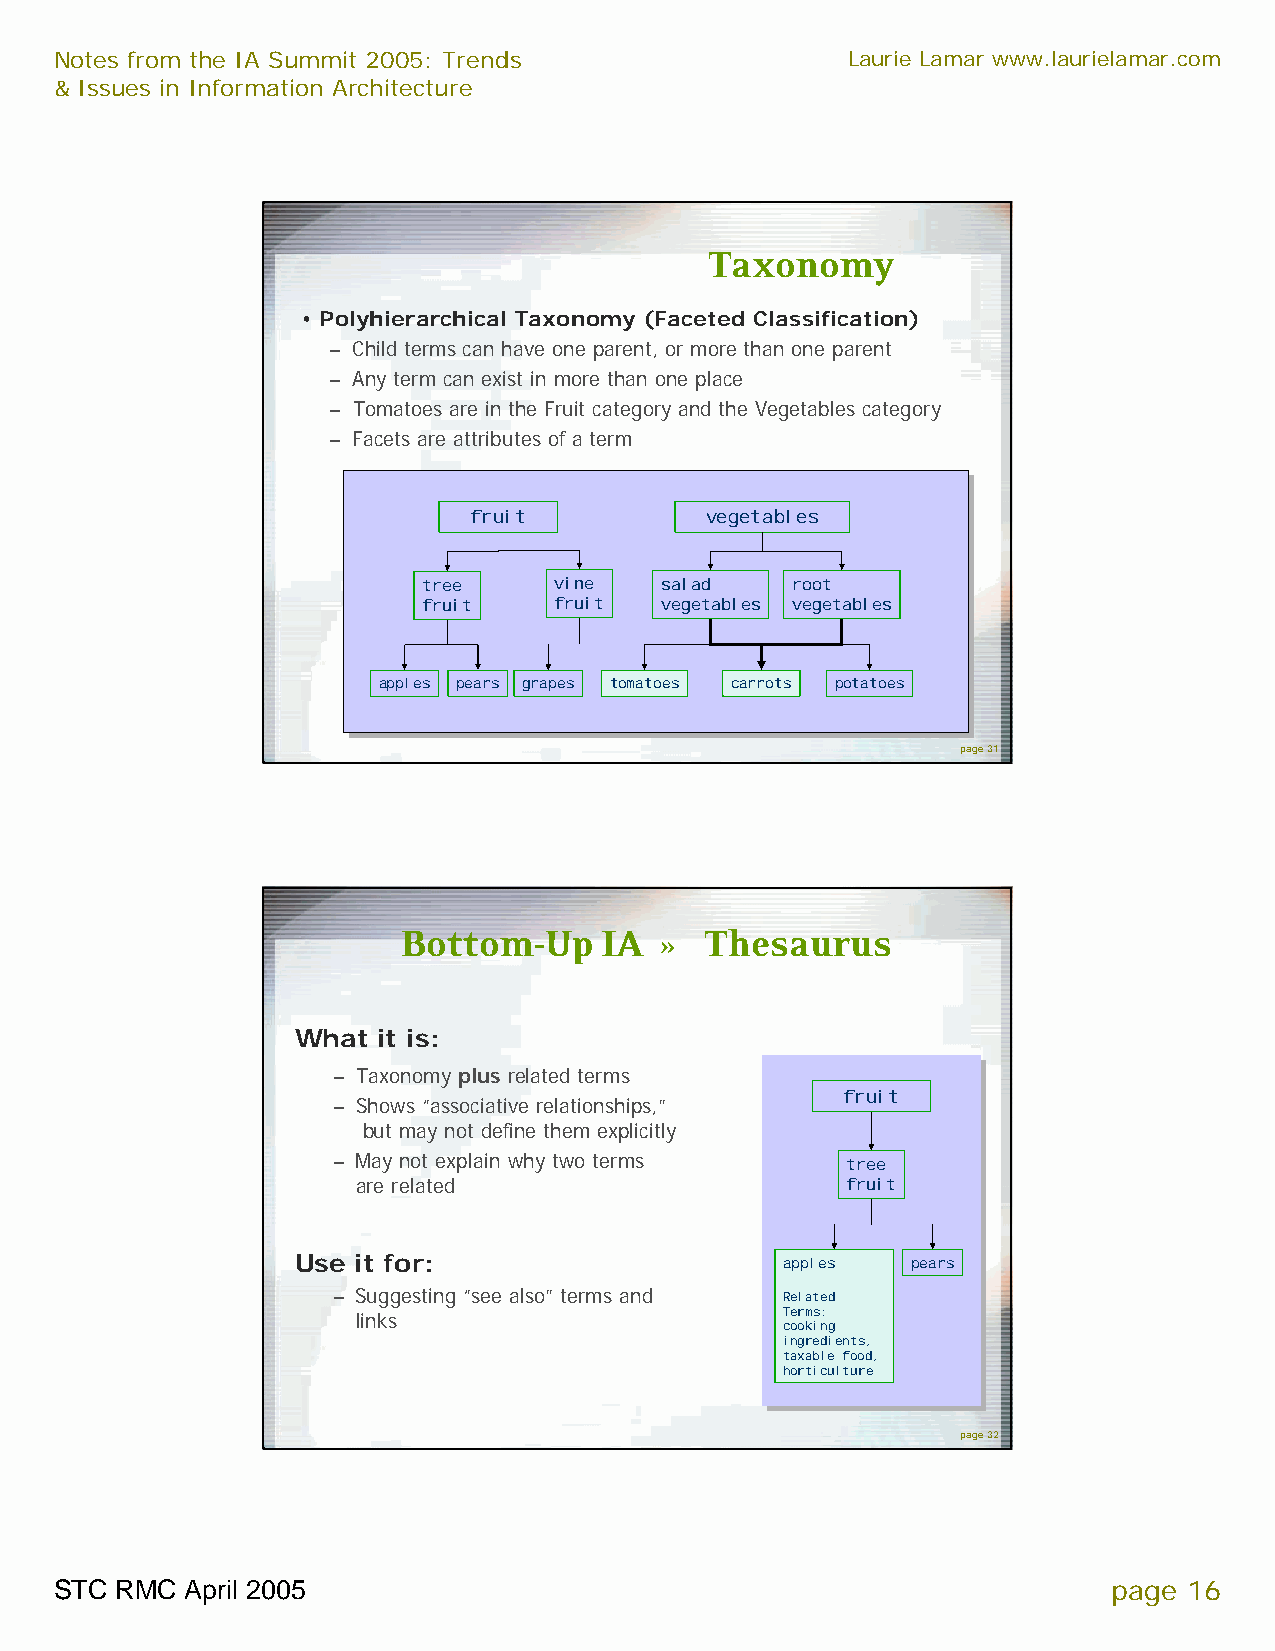
Notes from the IA Summit 2005: Trends               Laurie Lamar www.laurielamar.com
 & Issues in Information Architecture
 Taxonomy
 • Polyhierarchical Taxonomy (Faceted Classification)
 – Child terms can have one parent, or more than one parent
 – Any term can exist in more than one place
 – Tomatoes are in the Fruit category and the Vegetables category
 – Facets are attributes of a term
 fruit           vegetables
 tree     vine   salad   root
 fruit    fruit  vegetables vegetables
 apples pears grapes tomatoes carrots potatoes
 page 31
 Bottom-Up    IA  »  Thesaurus
 What it is:
 – Taxonomyplus related terms
 fruit
 – Shows “associative relationships,”
 but may not define them explicitly
 – May not explain why two terms   tree
 are related                     fruit
 Use it for:                     apples  pears
 – Suggesting “see also” terms and Related
 links                       Terms:
 cooking
 ingredients,
 taxable food,
 horticulture
 page 32
 STC RMC April 2005                                                    page 16